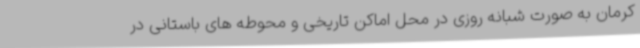
کرمان به صورت شبانه روزی در محل اماکن تاریخی و محوطه های باستانی در